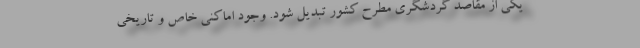
یکی از مقاصد گردشگری مطرح کشور تبدیل شود. وجود اماکنی خاص و تاریخی